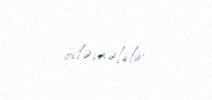
ödəməlidir.